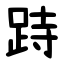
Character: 跱